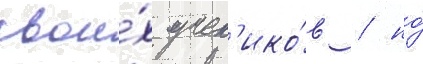
свои́х учен'ико́в / но́